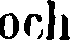
och